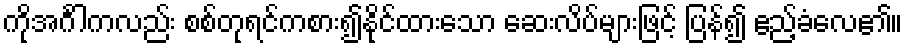
ကိုအင်္ဂါကလည်း စစ်တုရင်ကစား၍နိုင်ထားသော ဆေးလိပ်များဖြင့် ပြန်၍ ဧည့်ခံလေ၏။